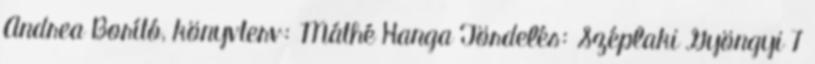
Andrea Borító, könyvterv: Máthé Hanga Tördelés: Széplaki Gyöngyi 7